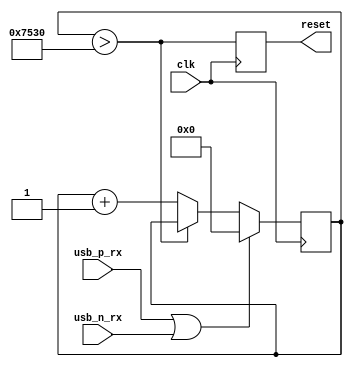
// This program was cloned from: https://github.com/davidthings/tinyfpga_bx_usbserial
// License: Apache License 2.0

// detects USB port reset signal from host
module usb_reset_det (
  input clk,
  output reset,

  input usb_p_rx,
  input usb_n_rx
);
  // reset detection
  reg [16:0] reset_timer = 0;
  reg reset_i = 0;


  wire timer_expired = reset_timer > 16'd30000;
  always @(posedge clk) reset_i <= timer_expired;
  assign reset = reset_i;
 
  
  always @(posedge clk) begin
    if (usb_p_rx || usb_n_rx) begin
      reset_timer <= 0;
    end else begin
      // SE0 detected from host
      if (!timer_expired) begin
        // timer not expired yet, keep counting
        reset_timer <= reset_timer + 1;
      end
    end
  end
  
endmodule